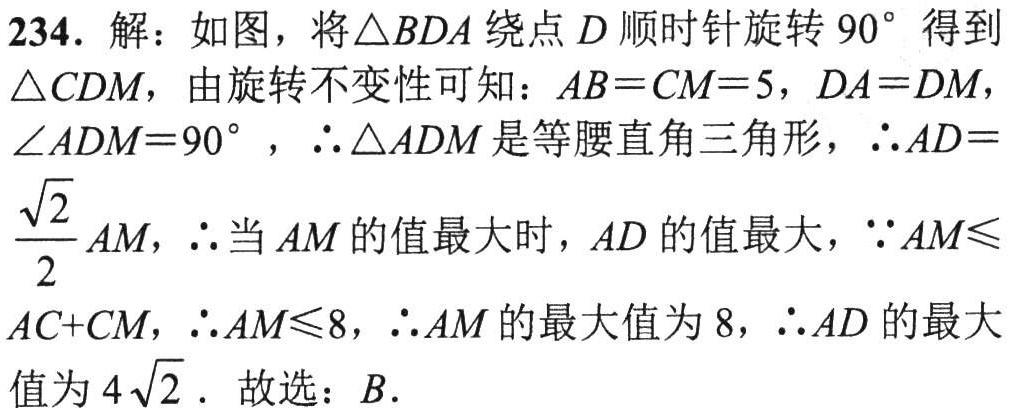
234. 解：如图，将\(\triangle BDA\)绕点\(D\)顺时针旋转\(90^{\circ}\)得到\(\triangle CDM\)，由旋转不变性可知：\(AB = CM = 5\)，\(DA = DM\)，\(\angle ADM = 90^{\circ}\)，\(\therefore\triangle ADM\)是等腰直角三角形，\(\therefore AD=\frac{\sqrt{2}}{2}AM\)，\(\therefore\)当\(AM\)的值最大时，\(AD\)的值最大，\(\because AM\leqslant AC + CM\)，\(\therefore AM\leqslant 8\)，\(\therefore AM\)的最大值为\(8\)，\(\therefore AD\)的最大值为\(4\sqrt{2}\). 故选：\(B\).